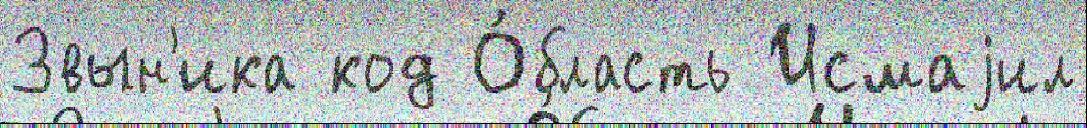
Звын'ика код О́бласть Исмаjил